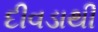
દીવડાથી